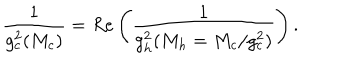
\frac { 1 } { g _ { c } ^ { 2 } ( M _ { c } ) } = R e \left( \frac { 1 } { g _ { h } ^ { 2 } ( M _ { h } = M _ { c } / g _ { c } ^ { 2 } ) } \right) .